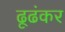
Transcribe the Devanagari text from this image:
ढूढंकर